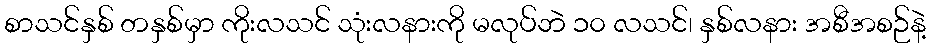
စာသင်နှစ် တနှစ်မှာ ကိုးလသင် သုံးလနားကို မလုပ်ဘဲ ၁၀ လသင်၊ နှစ်လနား အစီအစဉ်နဲ့